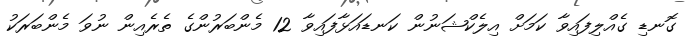
ގޮނޑި ގެއްލިފައިވާ ކަމަށް އިލެކްޝަނުން ކަނޑައަޅާފައިވާ 12 މެންބަރުންގެ ތެރެއިން ނުވަ މެންބަރަކު